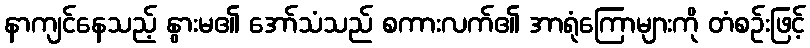
နာကျင်နေသည့် နွားမ၏ အော်သံသည် စကားလက်၏ အာရုံကြောများကို တံစဉ်းဖြင့်